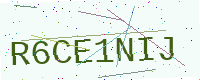
Text: R6CE1NIJ